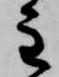
主